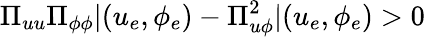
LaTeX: \Pi_{uu}\Pi_{\phi\phi}|{(u_{e},\phi_{e})}-\Pi_{u\phi}^{2}|{(u_{e},\phi_{e})}>0